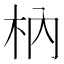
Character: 枘